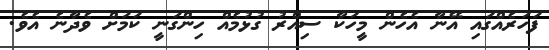
ފަހަރެއްގައި އޭނާ އެހެން މީހަކާ ސިއްރު ގުޅުމެއް ހިންގަނީ ކަމަށް ވެދާނެ އެވެ.